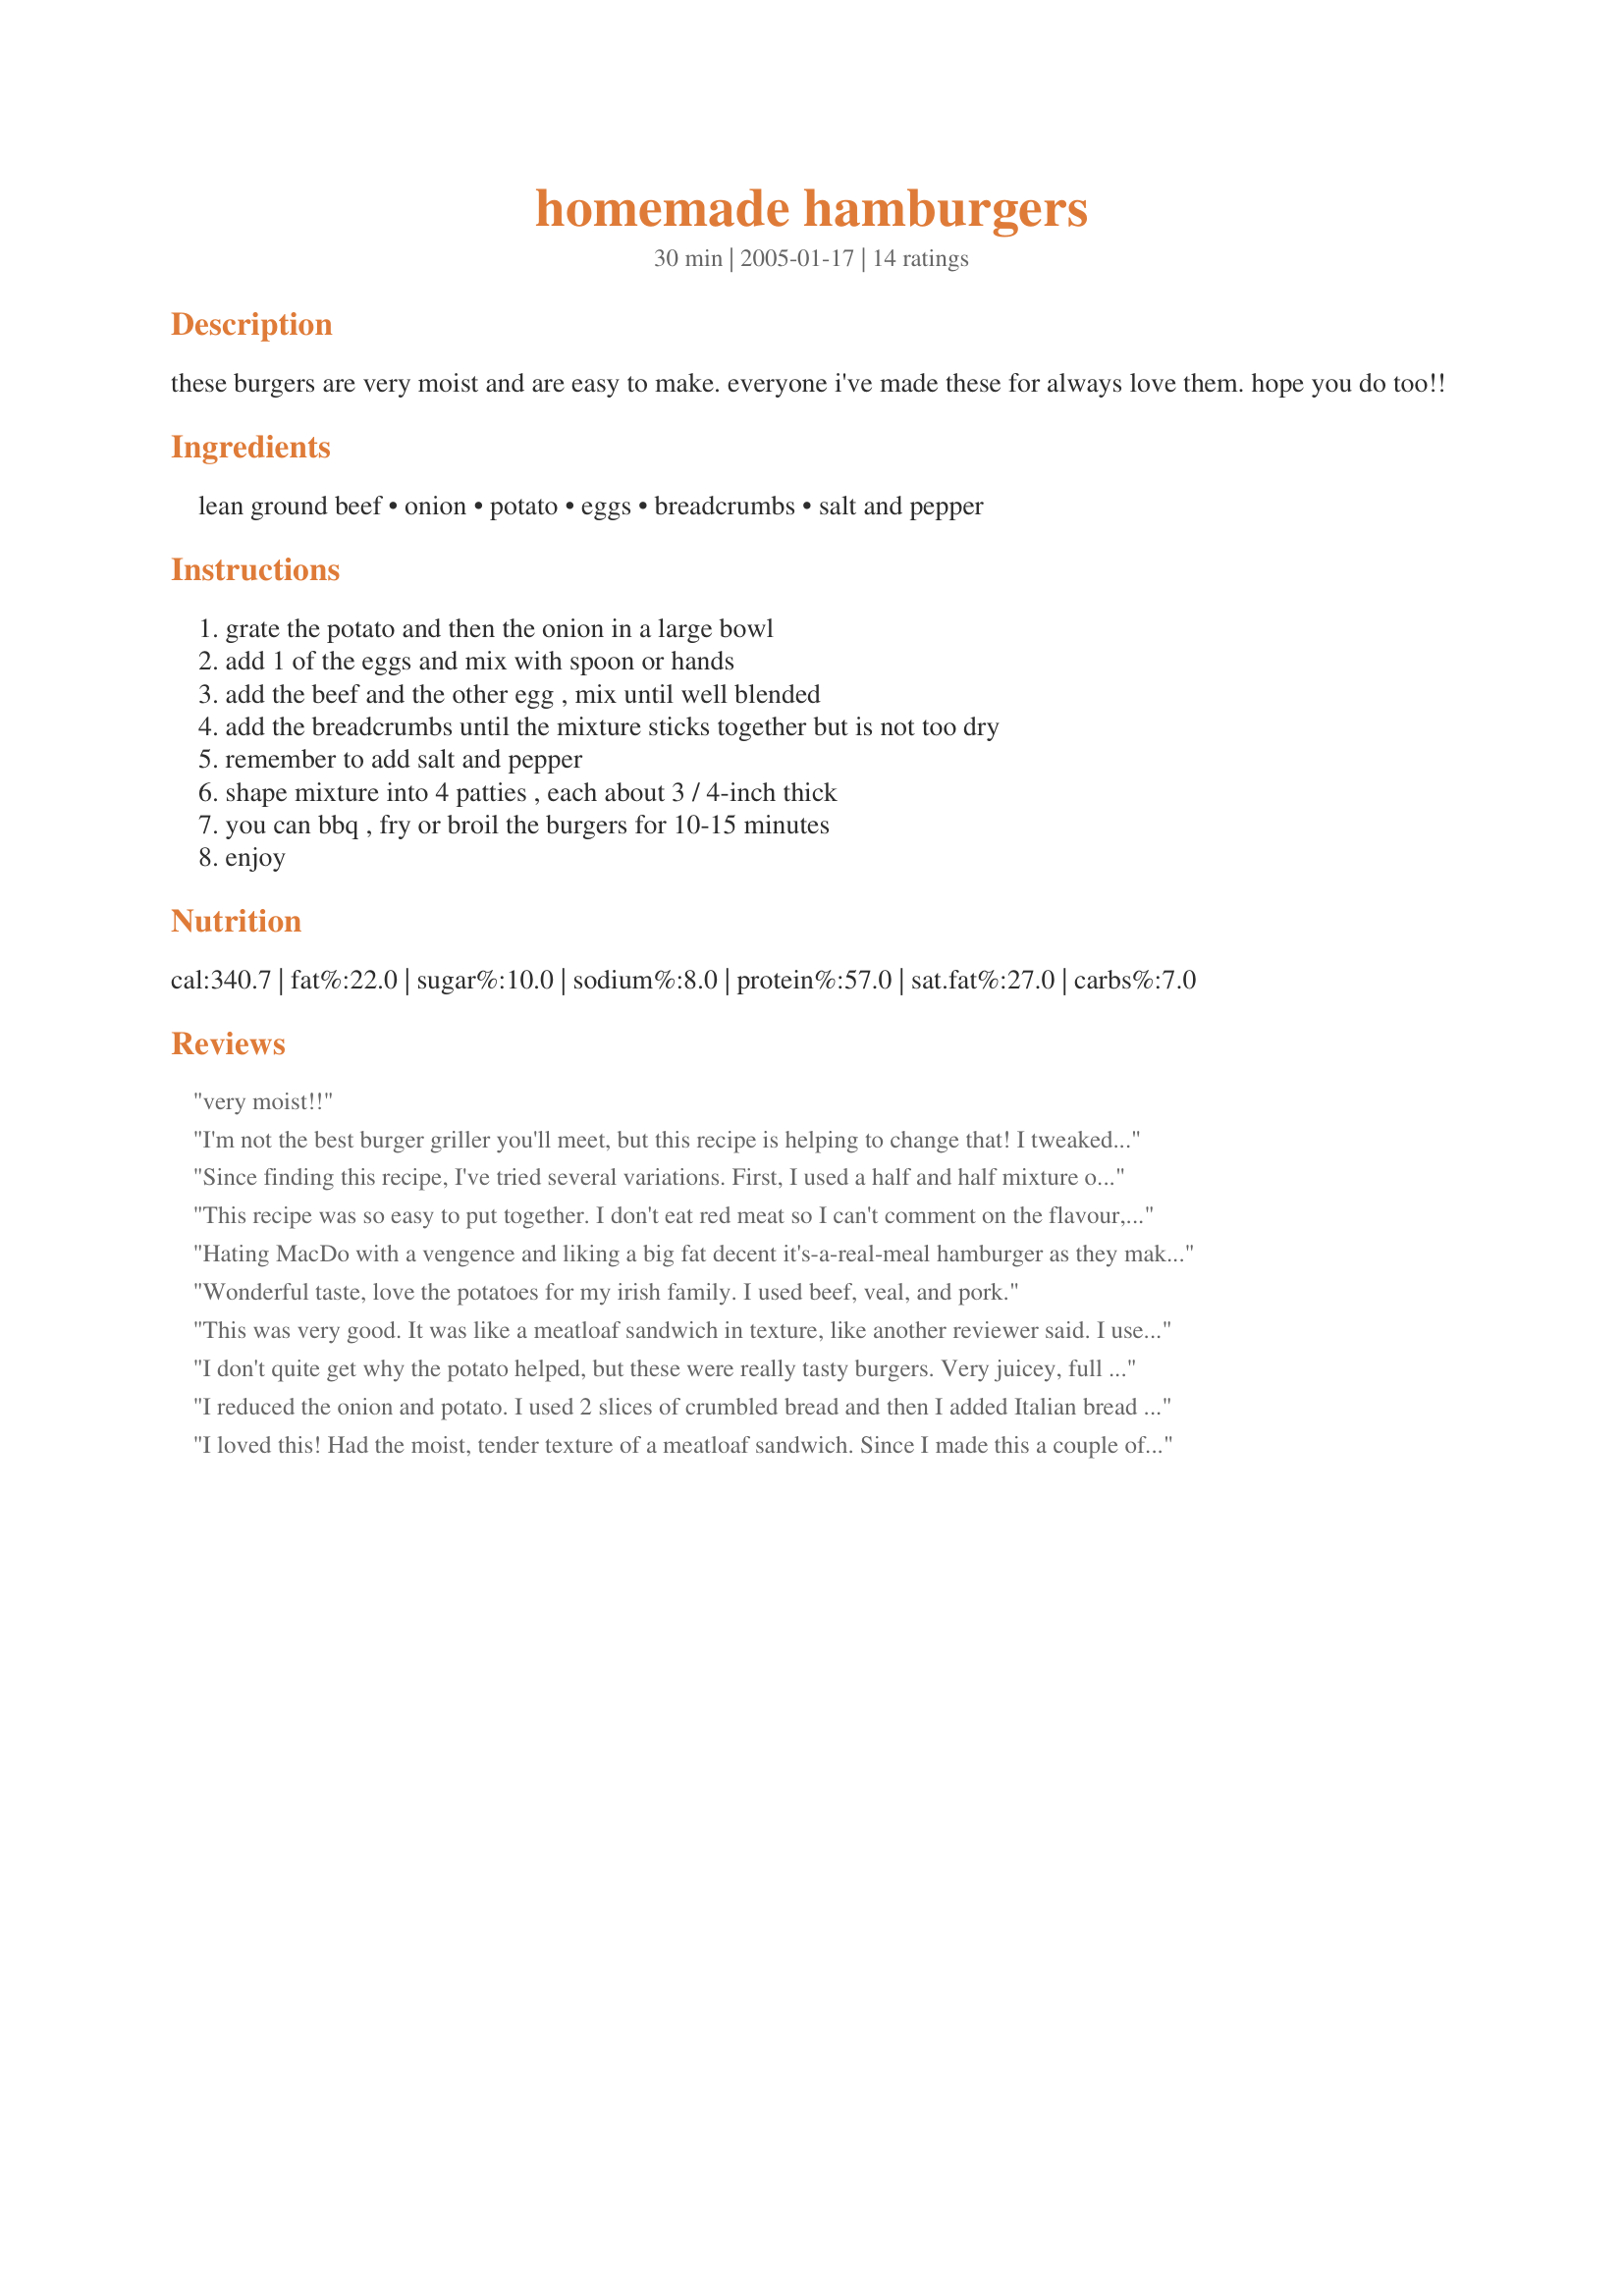
homemade hamburgers
Preparation time: 30 minutes

these burgers are very moist and are easy to make. everyone i've made these for always love them. hope you do too!!

Ingredients:
lean ground beef, onion, potato, eggs, breadcrumbs, salt and pepper

Steps:
grate the potato and then the onion in a large bowl, add 1 of the eggs and mix with spoon or hands, add the beef and the other egg , mix until well blended, add the breadcrumbs until the mixture sticks together but is not too dry, remember to add salt and pepper, shape mixture into 4 patties , each about 3 / 4-inch thick, you can bbq , fry or broil the burgers for 10-15 minutes, enjoy

Reviews:
very moist!!
I'm not the best burger griller you'll meet, but this recipe is helping to change that! I tweaked a bit by not using a potato, dicing the onion and frying it and then adding it to the recipe. I prepared the rest of the recipe as is, substituting garlic powder for salt. This recipe yields a moist burger, even when cooked through. Thank you for posting.
Since finding this recipe, I've tried several variations. First, I used a half and half mixture of ground chuck and pork sausage, making meatballs instead of hamburger patties. To this I added Paula Deens meatloaf topping (to 1 cup of ketchup add 3 tablespoons prepared mustard, 6 tablespoons brown sugar and stir). My wife, who is not particularly carnivorous, still makes yummy noises whenever it is mentioned, and I must admit I don't care as much for "plain" burgers anymore. I've been compiling a book of tried-and-true recipes for my daughter, recently married. This is definitely going in! Thank you, Christie.
This recipe was so easy to put together. I don't eat red meat so I can't comment on the flavour, but hubby said it was "Very Good" and Little Miss (DD) inhaled the burger. I dressed them with tomatoes, lettuces, gherkins and cheese. Sauced the patty with tomato sauce (ketchup) and Recipe #132181. Thank you Christie*
Hating MacDo with a vengence and liking a big fat decent it's-a-real-meal hamburger as they make them in New Zealand, I found that the Dutch equivalents always fell far short and were usually sporting almost totally rare meat in the middle... ugh. Therefore I have not eaten a burger here in The Netherlands for at least 5 years, but today I had a craving for one and as usual came to Zaar to finially make my own. Why did I wait so long????? This was JUST what I wanted, a recipe that kept the meat soft and juicy while it cooked ALL the way though :) Wonderful ! DO add the fried onions, salad green, gurkins and tomato... but expecially have this with the fried onions because it goes really well with the milder burger taste and lifts it away from boring. The patties held together well in the pan and cooking them over a medium to low heat ensured through cooking while the potato helped it not dry out. Good move. We will be eating burgers more often than every 5 years from now on! Thanks Christie !!!Please see my rating system, 5 stars for ending my longings for a decent burger :)
Wonderful taste, love the potatoes for my irish family. I used beef, veal, and pork.
This was very good. It was like a meatloaf sandwich in texture, like another reviewer said. I used 1.34 lbs of hamburger and got 6 HUGE burgers. I thought the onion flavor was a bit strong for us, so I will reduce it next time. DH said he didn't like these as much as my regular burgers, but that they were still good. I loved that they were so tender and juicy. Thanks for a great recipe!
I don't quite get why the potato helped, but these were really tasty burgers. Very juicey, full of flavor. Thanks.
I reduced the onion and potato. I used 2 slices of crumbled bread and then I added Italian bread crumbs (about 1/4 cup) until I thought it was about the right consistency. I enjoyed this and it's moistness very much and it reminded me of a meatloaf sandwich.
I loved this! Had the moist, tender texture of a meatloaf sandwich. Since I made this a couple of weeks ago, I've been craving it again. I will make this often!
These were delicious... I left out the potatoes because I didn't have any and I only used 1/4 of an onion (my husband's not big on onions)..... I also seasoned them with some seasoning salt and a little garlic powder..... These will be fixed again.... So moist and full of flavor... Thanks for sharing....
The potato and bread crumbs really helped to hold the burgers together. I used 1 small onion and about 1/3 of a green pepper that I grated in with the onion. I added about 1/2 tsp. garlic powder also. We had these as burger patties with ketchup along side garlic mashed potatoes and corn on the cob. Delicious!
I grew up known this as a German hamburger, but my mom taught me to coat the patties with flour. This gives it a nice crust and adds to the flavor.
Made as recipe is shown. Served as beef patties with mashed potatoes and brown onion gravy. Very basic and very good. Thanks for sharing.
